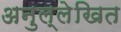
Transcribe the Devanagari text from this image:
अनुल्लेखित